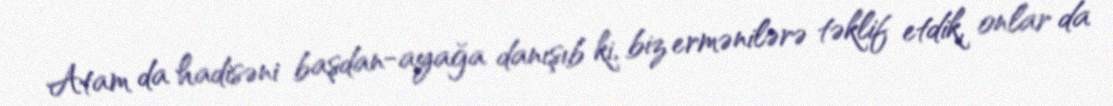
Atam da hadisəni başdan-ayağa danışıb ki, biz ermənilərə təklif etdik, onlar da